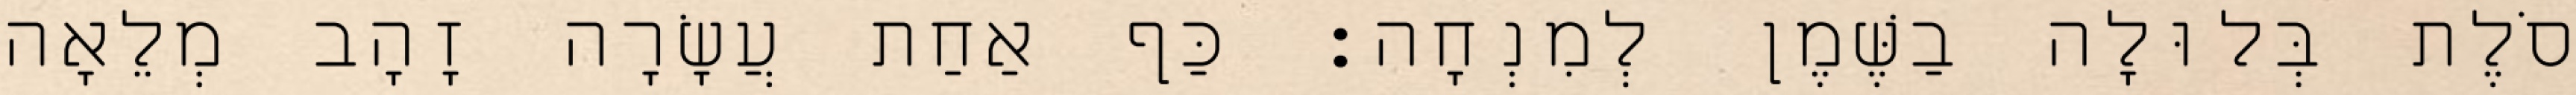
סֹלֶת בְּלוּלָה בַשֶּׁמֶן לְמִנְחָה׃ כַּף אַחַת עֲשָׂרָה זָהָב מְלֵאָה